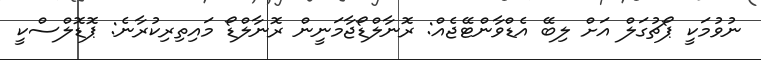
ނުވުމަކީ ޕޯޗުގަލް އަށް ލިބޭ އެޑްވާންޓޭޖެއް: ރޮނާލްޑޯޖާމަނީން ރޮނާލްޑޯ މައިތިރިކުރާނެ: ޕޮޑޮލްސްކީ